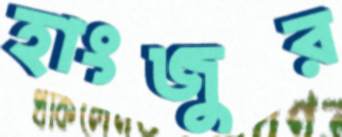
হাংজুর